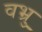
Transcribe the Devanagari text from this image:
वभ्रु